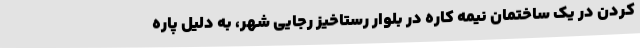
کردن در یک ساختمان نیمه کاره در بلوار رستاخیز رجایی شهر، به دلیل پاره